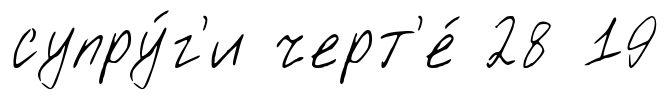
супру́г'и черт'е́ 28 19